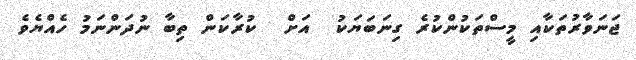
ޖަނަވާރުތަކާއި މީސްތަކުންކުރެ ގިނަބަޔަކު  އަށް  ކުރާކަން ތިބާ ނުދަންނަމު ހެއްޔެވެ